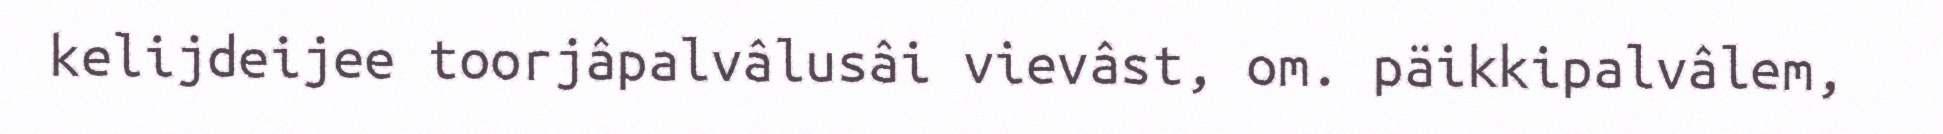
kelijdeijee toorjâpalvâlusâi vievâst, om. päikkipalvâlem,